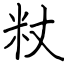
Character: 粀